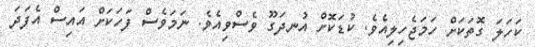
ކަހަލަ ގޮތަކަށް ހަމަޖެހިލިއެވެ. ކުޑަކޮށް އުނދަގޫ ވެސްވިއެވެ. ނަމަވެސް ފަހަކަށް އައިސް އެފަދަ